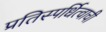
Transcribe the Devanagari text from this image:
प्रतिस्पर्धित्वाची